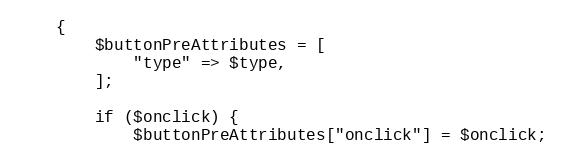
Language: PHP
    {
        $buttonPreAttributes = [
            "type" => $type,
        ];

        if ($onclick) {
            $buttonPreAttributes["onclick"] = $onclick;